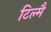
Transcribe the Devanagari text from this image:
टिल्मै